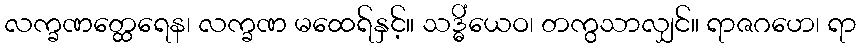
လက္ခဏတ္ထေရေန၊ လက္ခဏ မထေရ်နှင့်။ သဒ္ဓိံယေဝ၊ တကွသာလျှင်။ ရာဇဂဟေ၊ ရာ